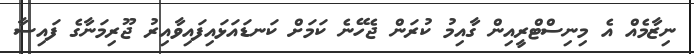
ނިޒާމެއް އެ މިނިސްޓްރީއިން ގާއިމު ކުރަން ޖެހޭނެ ކަމަށް ކަނޑައަޅައިފައިވާއިރު ޖޫރިމަނާގެ ފައިސާ